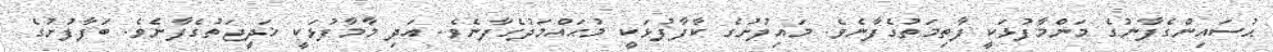
ޙުސައިންގެފާނުގެ މަންމާފުޅަކީ ފާތިމަތުގެފާނެވެ. މައިފުށުގެ ކާފާފުޅަކީ މުޙައްމަދުގެފާނެވެ. އަދި މާމާފުޅަކީ ޚަދީޖަތުގެފާނެވެ. ބަފާފުށުގެ